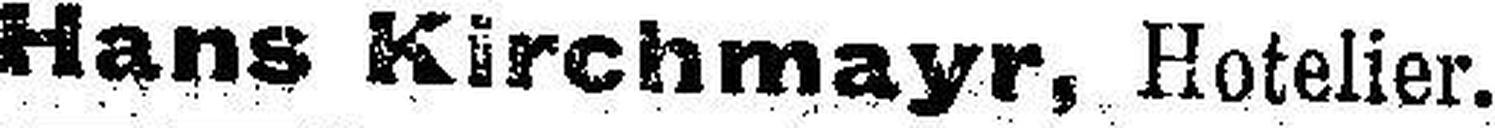
Hans Kirchmayr, Hotelier.